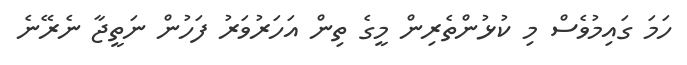
ހަމަ ގައިމުވެސް މި ކުޅުންތެރިން މީގެ ތިން އަހަރުވަރު ފަހުން ނަތީޖާ ނެރޭނެ